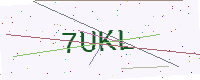
Text: 7UKL